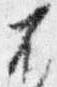
不